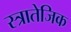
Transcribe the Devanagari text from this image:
स्त्रातेजिक